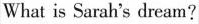
What is Sarah's dream?